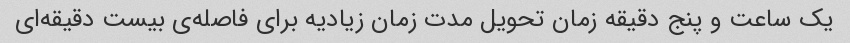
یک ساعت و پنج دقیقه زمان تحویل مدت زمان زیادیه برای فاصله‌ی بیست دقیقه‌ای